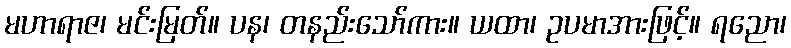
မဟာရာဇ၊ မင်းမြတ်။ ပန၊ တနည်းသော်ကား။ ယထာ၊ ဥပမာအားဖြင့်။ ရညော၊